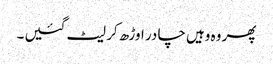
پھر وہ وہیں چا در اوڑھ کر لیٹ گئیں ۔